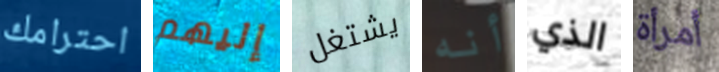
احترامك إليهم يشتغل أنه الذي أمرأة